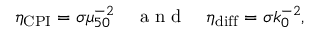
\eta _ { \mathrm { C P I } } = \sigma \mu _ { 5 0 } ^ { - 2 } \quad \mathrm { ~ a ~ n ~ d ~ } \quad \eta _ { \mathrm { d i f f } } = \sigma k _ { 0 } ^ { - 2 } ,